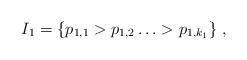
LaTeX: \begin{align*}I_1 = \{p_{1,1}> p_{1,2} \ldots > p_{1,k_1}\}\;,\end{align*}